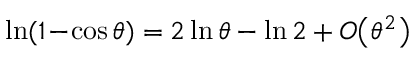
\ln ( 1 \! - \! \cos \theta ) = 2 \ln \theta - \ln 2 + O \big ( \theta ^ { 2 } \big )